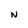
Character: N